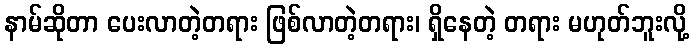
နာမ်ဆိုတာ ပေးလာတဲ့တရား ဖြစ်လာတဲ့တရား၊ ရှိနေတဲ့ တရား မဟုတ်ဘူးလို့